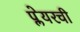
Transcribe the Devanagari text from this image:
प्लेयरची